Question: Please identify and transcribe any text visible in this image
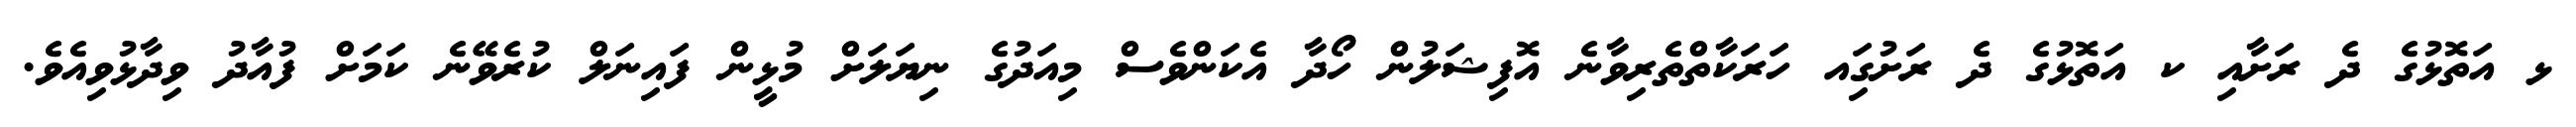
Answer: ޅ އަތޮޅުގެ ދެ ރަށާއި ކ އަތޮޅުގެ ދެ ރަށުގަިއ ހަރަކާތްތެރިވާނެ އޮފިޝަލުން ހޯދާ އެކަންވެސް މިއަދުގެ ނިޔަލަށް މުޅީން ފައިނަލް ކުރެވޭނެ ކަމަށް ފުއާދު ވިދާޅުވިއެވެ.